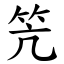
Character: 笐